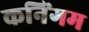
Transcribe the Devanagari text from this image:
कनिंगम